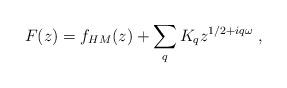
LaTeX: \begin{align*}F(z)=f_{HM}(z)+\sum_qK_q z^{1/2+iq\omega}\ ,\end{align*}